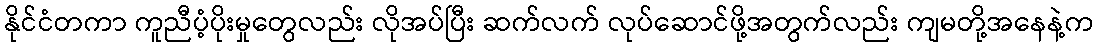
နိုင်ငံတကာ ကူညီပံ့ပိုးမှုတွေလည်း လိုအပ်ပြီး ဆက်လက် လုပ်ဆောင်ဖို့အတွက်လည်း ကျမတို့အနေနဲ့က